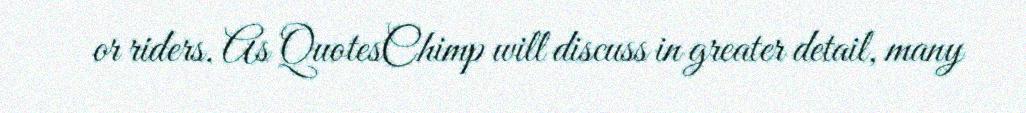
or riders. As QuotesChimp will discuss in greater detail, many